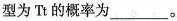
型为 Tt 的概率为___。